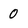
Character: 0